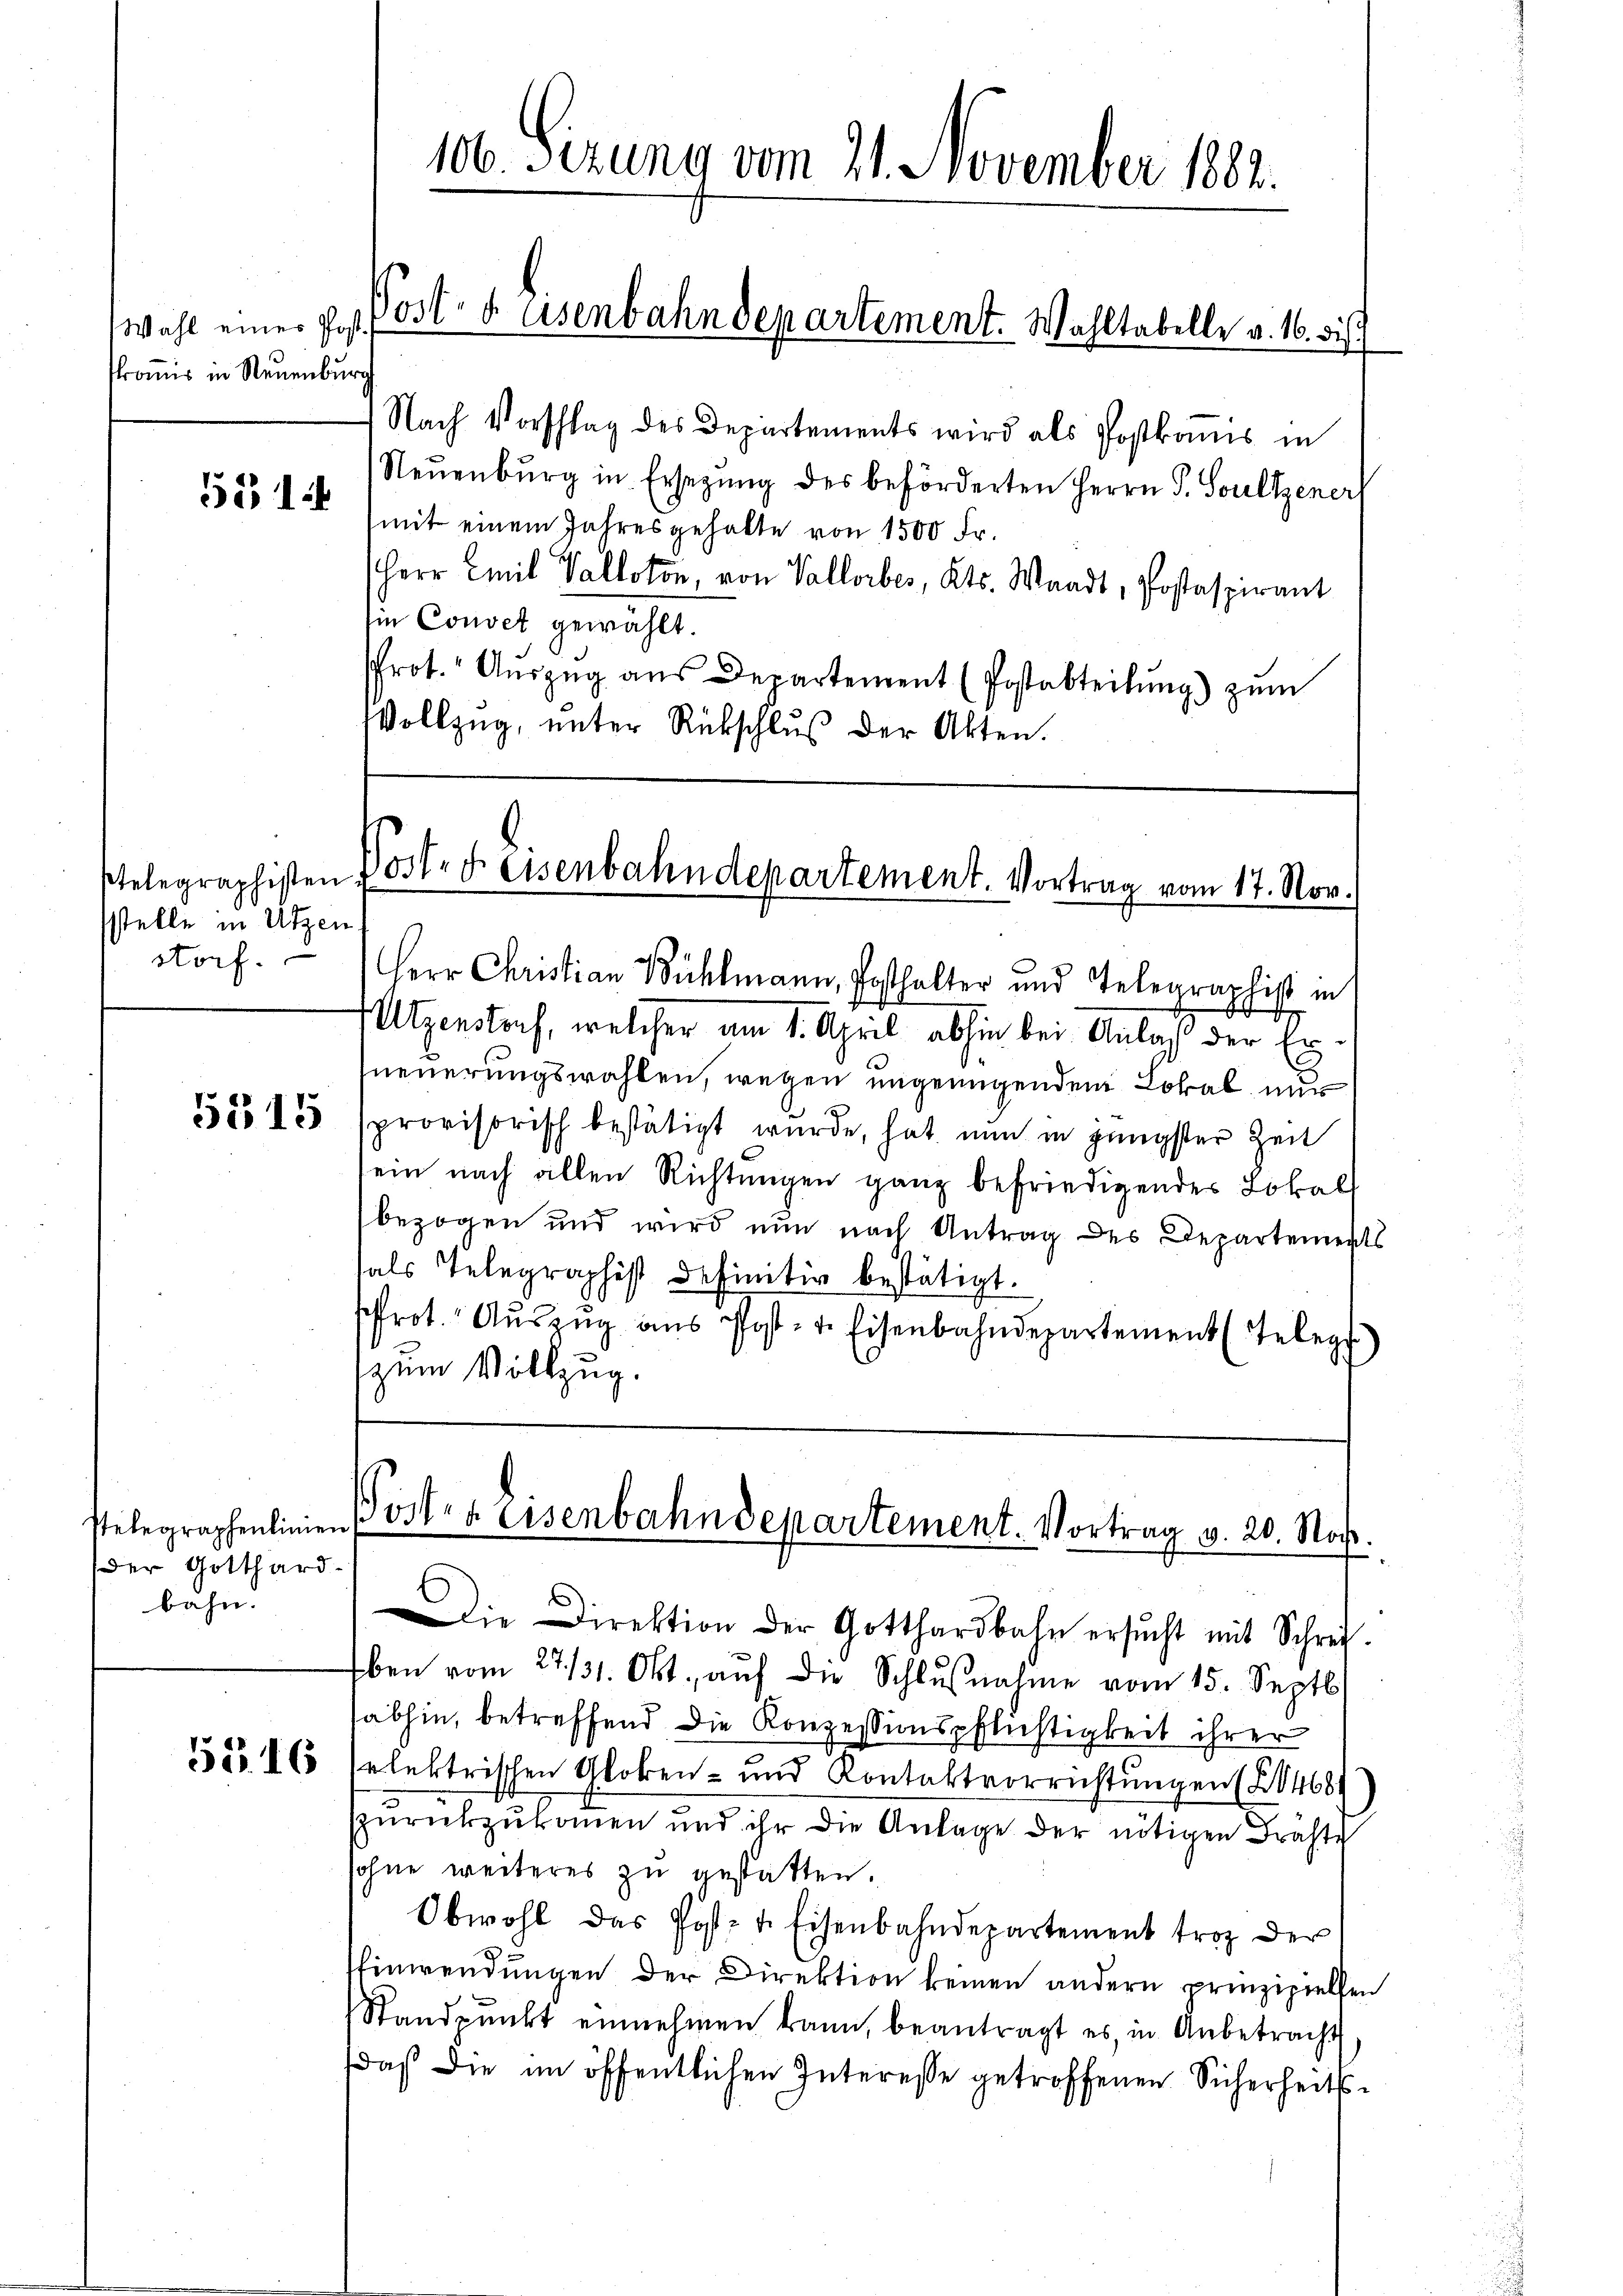
sstelle in Utzen
storf.

5315

stelegraphenlinien
der Gotthard.
bahn.

5516

106. Sezung vom 21. November 1882.
Post- u. Eisenbahndepartement. Wohltabelle v. 16. di

Wahl eines Post.
skommis in Neuenburg
514

Nach Vorschlag des Departements wird als Postkomis in
Neuenburg in Ersezung des beförderten Herrn P. Soultzeners
mit einem Jahresgehalte von 1500 Fr.
Herr Emil Valloton, von Vallorbes, Kts. Waadt, Postaspirant
ie Convet gewählt.
Prot. Aŭszŭg aŭs Departement (Postabteilung) zum
Vollzug, unter Rückschlŭβ der Akten.

telegraphisten Post. F eisenbahndepartement. Vortrag vom 17. Nov.

Herr Christian Bühlmann, Posthalter und Telegraphist in
Utzenstorf, welcher am 1. April abhin bei Anlaß der Erneuerungswahlen, wegen ungenügenden Lokal nur
provisorisch bestätigt wurde, hat nun in jüngster Zeit
sein nach allen Richtungen ganz befriedigendes Lokal
bezogen und wird nun nach Antrag des Departements
als Telegraphist definitiv bestätigt.
Prot. Aŭszŭg aŭs Post- u. Eisenbahndepartement (Teleg
zum Vollzug.

Pöster Eisenbahndepartement. Vortrag v. 20. Noche.

¬
die Direktion der Gotthardbahn ersŭcht mit Schrei
Eben vom 27./31. Okt., auf die Schlußnahme vom 15. Septb.
abhin, betreffend die Konzessionspflichtigkeit ihrer
selektrischen Gloken- und Kontaktvorrichtungen (1468
zurückzukommen und ihr die Anlage der nötigen Drahte
sohne weiteres zu gestatten.
Obwohl das Post- u. Eisenbahndepartement trotz der
Einwendungen der Direktion keinen andern prinzipiellen
Standpŭnkt einnehmen kann, beantragt es, in Anbetracht
daß die im öffentlichen Interesse getroffenen Sicherheits¬